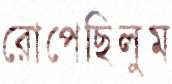
রোপেছিলুম